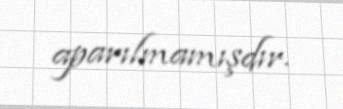
aparılmamışdır.